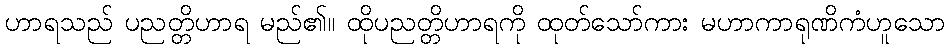
ဟာရသည် ပညတ္တိဟာရ မည်၏။ ထိုပညတ္တိဟာရကို ထုတ်သော်ကား မဟာကာရုဏိကံဟူသော